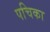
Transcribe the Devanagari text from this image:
पचिका